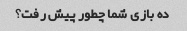
ده بازی شما چطور پیش رفت؟